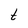
Character: t